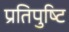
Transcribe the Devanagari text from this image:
प्रतिपुष्‍टि